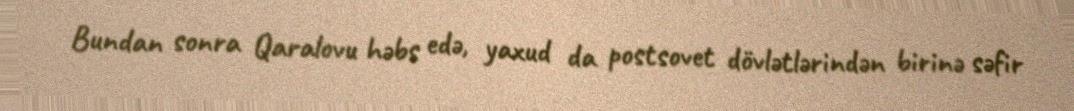
Bundan sonra Qaralovu həbs edə, yaxud da postsovet dövlətlərindən birinə səfir